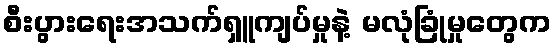
စီးပွားရေးအသက်ရှူကျပ်မှုနဲ့ မလုံခြုံမှုတွေက